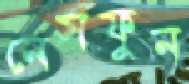
নেসফুন